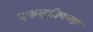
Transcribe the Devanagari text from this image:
एकसूत्रीपणा